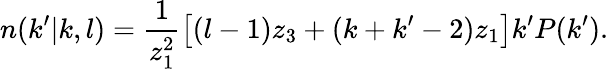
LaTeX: n(k^{\prime}|k,l)=\frac{1}{z_{1}^{2}}\left[(l-1)z_{3}+(k+k^{\prime}-2)z_{1}\right]k^{\prime}P(k^{\prime}).